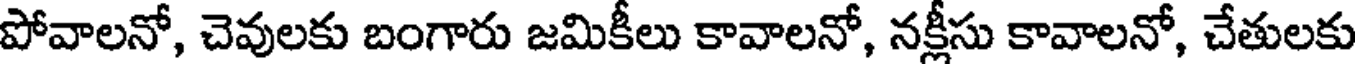
పోవాలనో, చెవులకు బంగారు జమికీలు కావాలనో, నక్లీసు కావాలనో, చేతులకు